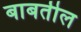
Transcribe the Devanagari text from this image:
बाबतील